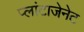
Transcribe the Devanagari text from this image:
प्लांटाजेनेट